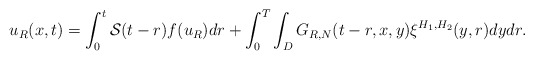
\begin{align*}u_{R}(x,t)=\int_{0}^{t}\mathcal{S}(t-r)f(u_{R})dr+\int_{0}^{T}\int_{D}G_{R,N}(t-r,x,y)\xi^{H_{1},H_{2}}(y,r)dydr.\end{align*}